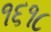
૧૬૧૮